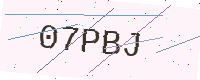
Text: 07PBJ